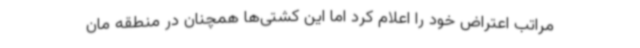
مراتب اعتراض خود را اعلام کرد اما این کشتی‌ها همچنان در منطقه مان